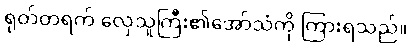
ရုတ်တရက် လှေသူကြီး၏အော်သံကို ကြားရသည်။